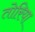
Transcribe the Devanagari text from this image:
तोरिया